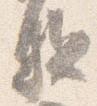
駈